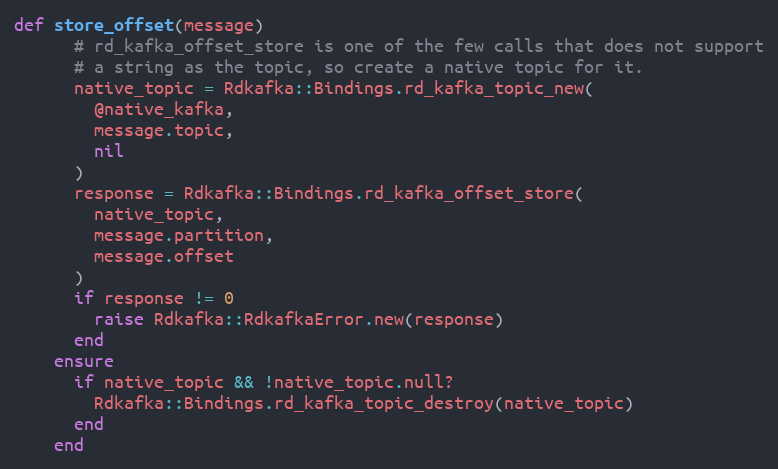
Language: Ruby
def store_offset(message)
      # rd_kafka_offset_store is one of the few calls that does not support
      # a string as the topic, so create a native topic for it.
      native_topic = Rdkafka::Bindings.rd_kafka_topic_new(
        @native_kafka,
        message.topic,
        nil
      )
      response = Rdkafka::Bindings.rd_kafka_offset_store(
        native_topic,
        message.partition,
        message.offset
      )
      if response != 0
        raise Rdkafka::RdkafkaError.new(response)
      end
    ensure
      if native_topic && !native_topic.null?
        Rdkafka::Bindings.rd_kafka_topic_destroy(native_topic)
      end
    end